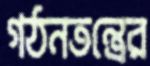
গঠনতন্ত্রের